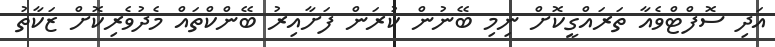
އަދި ސޮފްޓްވެއާ ތަރައްގީކޮށް ނިމި ބޭނުން ކުރަން ފަށާއިރު ބޭންކްތައް މެދުވެރިކޮށް ޒަކާތު